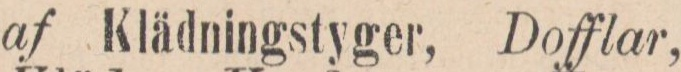
af Klädningstyger, Dofflar,